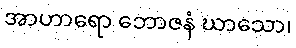
အာဟာရော ဘောဇနံ ဃာသော၊